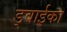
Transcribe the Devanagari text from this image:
ड्वाईका